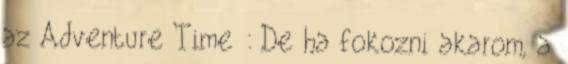
az Adventure Time : De ha fokozni akarom, a